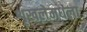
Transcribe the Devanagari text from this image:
शृखलेमधला